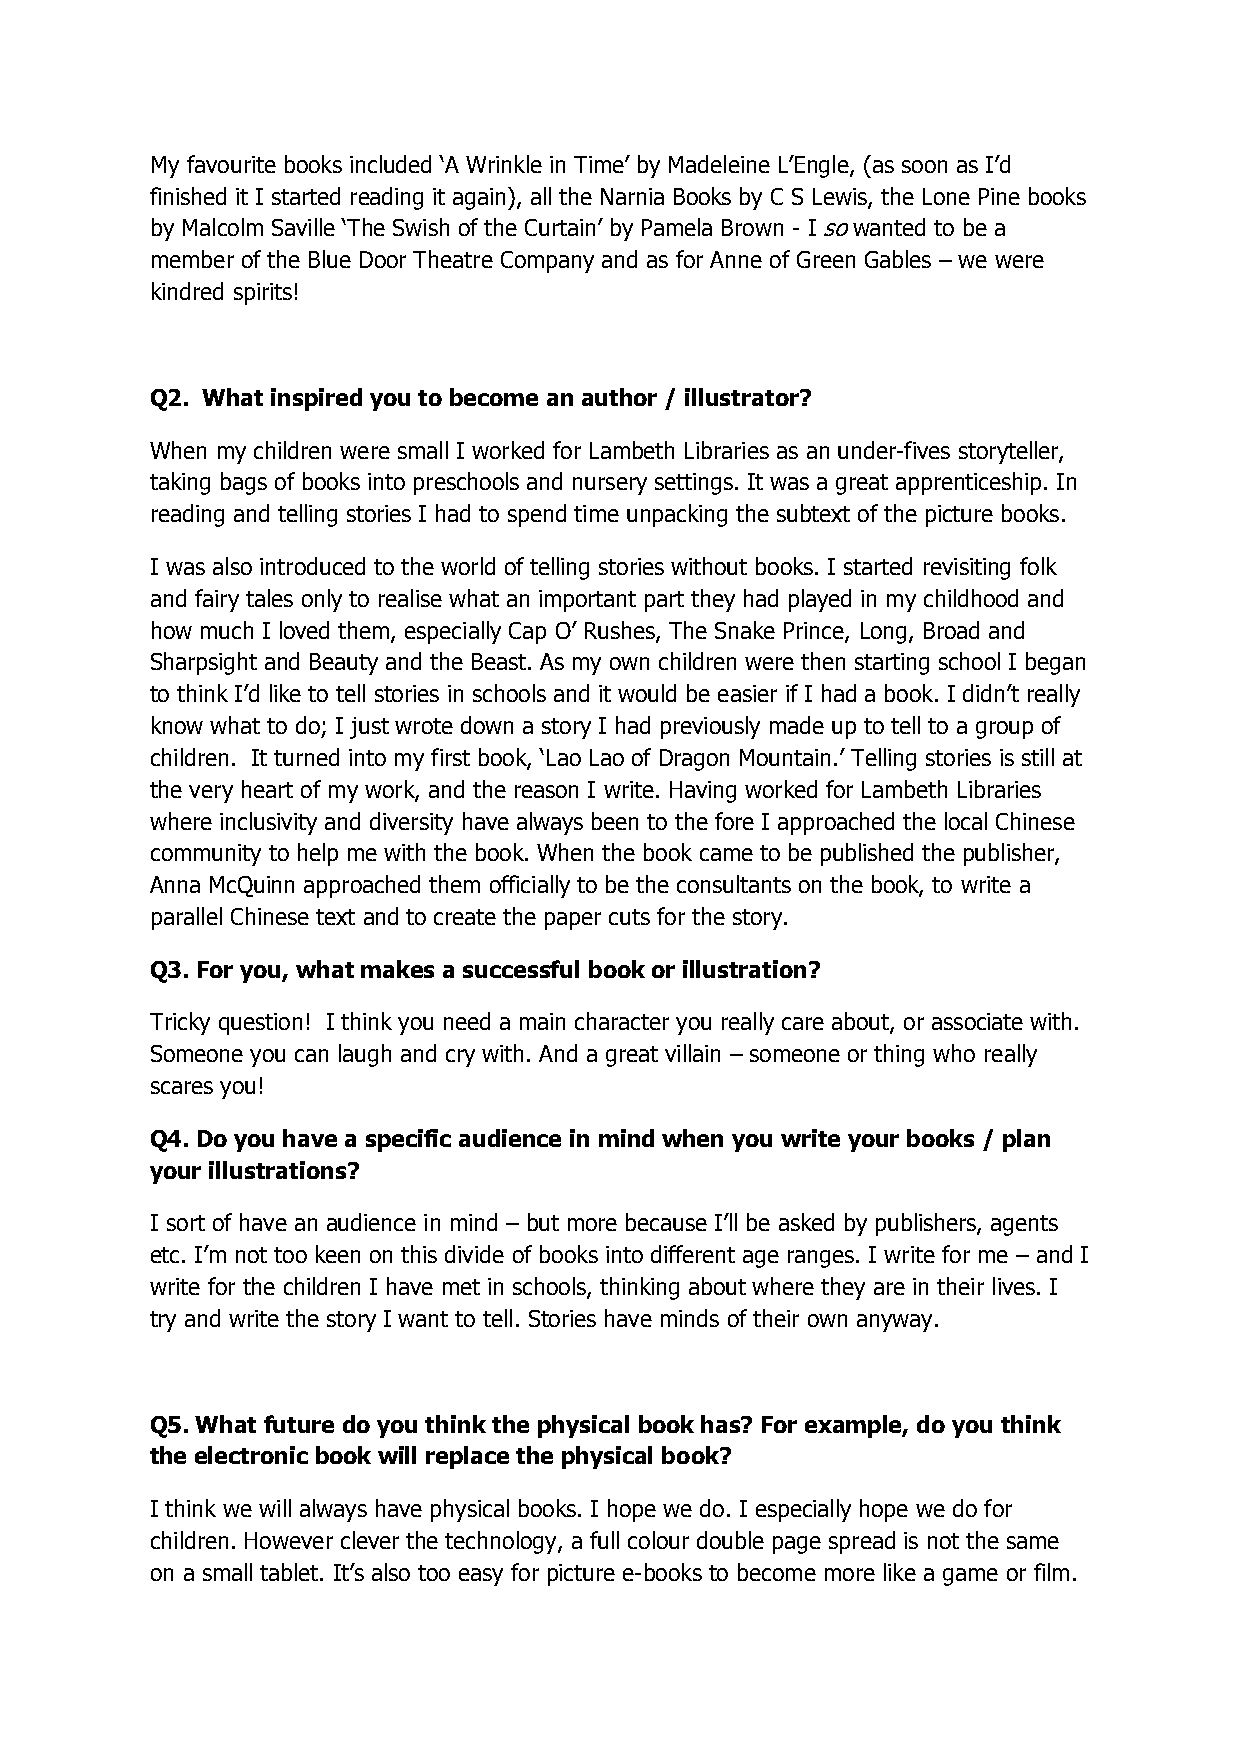
My favourite books included ‘A Wrinkle in Time’ by Madeleine L’Engle, (as soon as I’d
 finished it I started reading it again), all the Narnia Books by C S Lewis, the Lone Pine books
 by Malcolm Saville ‘The Swish of the Curtain’ by Pamela Brown - I so wanted to be a
 member of the Blue Door Theatre Company and as for Anne of Green Gables – we were
 kindred spirits!
 Q2. What inspired you to become an author / illustrator?
 When my children were small I worked for Lambeth Libraries as an under-fives storyteller,
 taking bags of books into preschools and nursery settings. It was a great apprenticeship. In
 reading and telling stories I had to spend time unpacking the subtext of the picture books.
 I was also introduced to the world of telling stories without books. I started revisiting folk
 and fairy tales only to realise what an important part they had played in my childhood and
 how much I loved them, especially Cap O’ Rushes, The Snake Prince, Long, Broad and
 Sharpsight and Beauty and the Beast. As my own children were then starting school I began
 to think I’d like to tell stories in schools and it would be easier if I had a book. I didn’t really
 know what to do; I just wrote down a story I had previously made up to tell to a group of
 children. It turned into my first book, ‘Lao Lao of Dragon Mountain.’ Telling stories is still at
 the very heart of my work, and the reason I write. Having worked for Lambeth Libraries
 where inclusivity and diversity have always been to the fore I approached the local Chinese
 community to help me with the book. When the book came to be published the publisher,
 Anna McQuinn approached them officially to be the consultants on the book, to write a
 parallel Chinese text and to create the paper cuts for the story.
 Q3. For you, what makes a successful book or illustration?
 Tricky question! I think you need a main character you really care about, or associate with.
 Someone you can laugh and cry with. And a great villain – someone or thing who really
 scares you!
 Q4. Do you have a specific audience in mind when you write your books / plan
 your illustrations?
 I sort of have an audience in mind – but more because I’ll be asked by publishers, agents
 etc. I’m not too keen on this divide of books into different age ranges. I write for me – and I
 write for the children I have met in schools, thinking about where they are in their lives. I
 try and write the story I want to tell. Stories have minds of their own anyway.
 Q5. What future do you think the physical book has? For example, do you think
 the electronic book will replace the physical book?
 I think we will always have physical books. I hope we do. I especially hope we do for
 children. However clever the technology, a full colour double page spread is not the same
 on a small tablet. It’s also too easy for picture e-books to become more like a game or film.